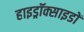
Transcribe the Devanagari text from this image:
हाइड्रॉक्साइडों